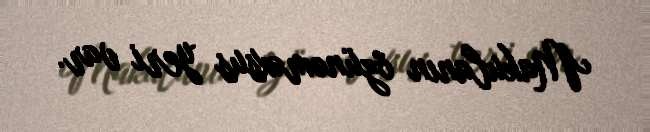
Makulanın özünəməxsus yeri var.